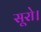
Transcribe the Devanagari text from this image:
सूरो।